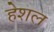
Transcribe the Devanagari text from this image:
हेशल